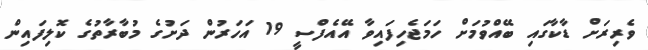
ވެރިރަށް ޑާކާގައި ބޭއްވުމަށް ހަމަޖެހިފައިވާ އޭއެފްސީ 19 އަހަރުން ދަށުގެ މުބާރާތުގެ ކޮލިފައިން